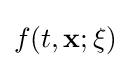
f(t,\mathbf {x} ;\mathbf {\xi } )